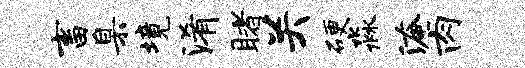
畜臬境淆睹关硬淼淹肉